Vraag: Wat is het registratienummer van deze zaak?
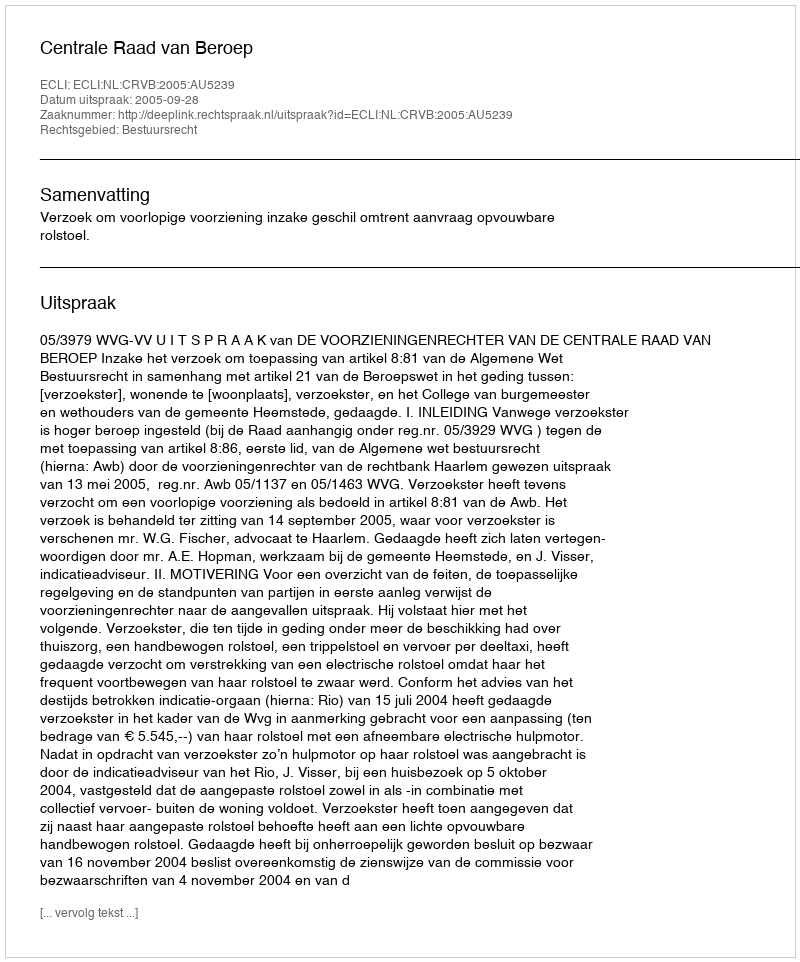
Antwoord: http://deeplink.rechtspraak.nl/uitspraak?id=ECLI:NL:CRVB:2005:AU5239